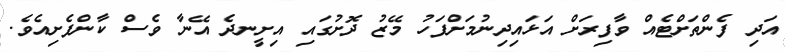
އަދި ފެންތަށްޓެއް ވާފިރަށް އަޅައިދިނުމަށްފަހު މޭޒު ދޮށުގައި އިށީނދެ އޭނާ ވެސް ކާންފެށިއެވެ.